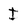
Character: I